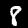
Digit: 8